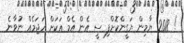
! 2018 ޔާމިން ޔަގީންކޮށްފި ސީ އެން އެމް އަކަށް ހަޖަމެއް ނުވާނެ